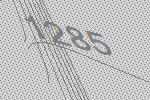
1285